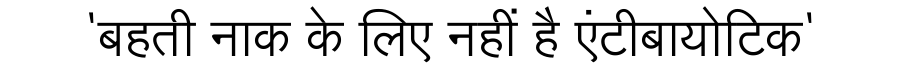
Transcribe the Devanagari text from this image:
'बहती नाक के लिए नहीं है एंटीबायोटिक'